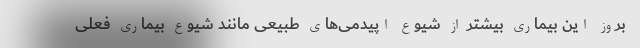
بروز این بیماری بیشتر از شیوع اپیدمی‌های طبیعی مانند شیوع بیماری فعلی